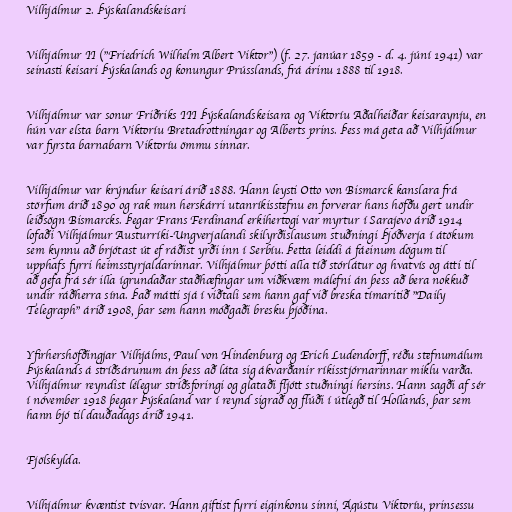
Vilhjálmur 2. Þýskalandskeisari

Vilhjálmur II ("Friedrich Wilhelm Albert Viktor") (f. 27. janúar 1859 - d. 4. júní 1941) var
seinasti keisari Þýskalands og konungur Prússlands, frá árinu 1888 til 1918.

Vilhjálmur var sonur Friðriks III Þýskalandskeisara og Viktoríu Aðalheiðar keisaraynju, en
hún var elsta barn Viktoríu Bretadrottningar og Alberts prins. Þess má geta að Vilhjálmur
var fyrsta barnabarn Viktoríu ömmu sinnar.

Vilhjálmur var krýndur keisari árið 1888. Hann leysti Otto von Bismarck kanslara frá
störfum árið 1890 og rak mun herskárri utanríkisstefnu en forverar hans höfðu gert undir
leiðsögn Bismarcks. Þegar Frans Ferdinand erkihertogi var myrtur í Sarajevo árið 1914
lofaði Vilhjálmur Austurríki-Ungverjalandi skilyrðislausum stuðningi Þjóðverja í átökum
sem kynnu að brjótast út ef ráðist yrði inn í Serbíu. Þetta leiddi á fáeinum dögum til
upphafs fyrri heimsstyrjaldarinnar. Vilhjálmur þótti alla tíð stórlátur og hvatvís og átti til
að gefa frá sér illa ígrundaðar staðhæfingar um viðkvæm málefni án þess að bera nokkuð
undir ráðherra sína. Það mátti sjá í viðtali sem hann gaf við breska tímaritið "Daily
Telegraph" árið 1908, þar sem hann móðgaði bresku þjóðina.

Yfirhershöfðingjar Vilhjálms, Paul von Hindenburg og Erich Ludendorff, réðu stefnumálum
Þýskalands á stríðsárunum án þess að láta sig ákvarðanir ríkisstjórnarinnar miklu varða.
Vilhjálmur reyndist lélegur stríðsforingi og glataði fljótt stuðningi hersins. Hann sagði af sér
í nóvember 1918 þegar Þýskaland var í reynd sigrað og flúði í útlegð til Hollands, þar sem
hann bjó til dauðadags árið 1941.

Fjölskylda.

Vilhjálmur kvæntist tvisvar. Hann giftist fyrri eiginkonu sinni, Ágústu Viktoríu, prinsessu